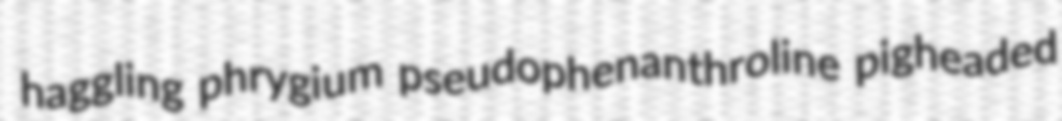
haggling phrygium pseudophenanthroline pigheaded